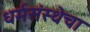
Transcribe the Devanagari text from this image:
धर्मसंस्थेचा